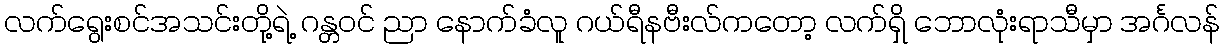
လက်ရွေးစင်အသင်းတို့ရဲ့ ဂန္တဝင် ညာ နောက်ခံလူ ဂယ်ရီနဗီးလ်ကတော့ လက်ရှိ ဘောလုံးရာသီမှာ အင်္ဂလန်